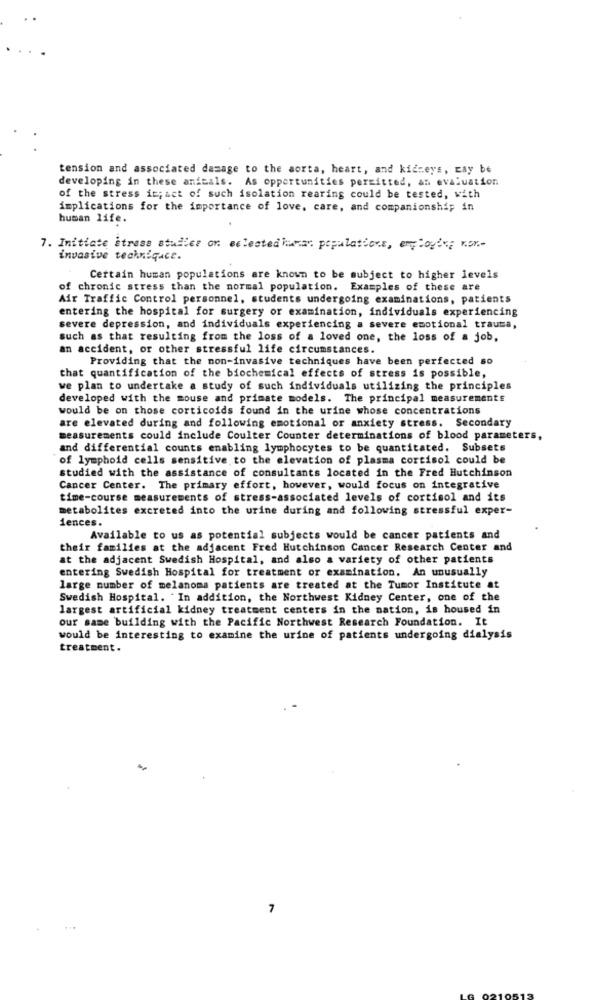
tension and associated damage to the aorta, heart, and kidneys, may be
developing in these animals. As opportunities permitted, an evaluation
of the stress it; act of such isolation rearing could be tested, with
implications for the importance of love, care, and companionship in
human life.
7. Initiate stress staller on selected hamar populations, employees kor .-
invasive techniquce.
Certain human populations are known to be subject to higher levels
of chronic stress than the normal population. Examples of these are
Air Traffic Control personnel, students undergoing examinations, patients
entering the hospital for surgery or examination, individuals experiencing
severe depression, and individuals experiencing a severe emotional trauma,
such as that resulting from the loss of a loved one, the loss of a job,
an accident, or other stressful life circumstances.
Providing that the non-invasive techniques have been perfected so
that quantification of the biochemical effects of stress is possible,
we plan to undertake a study of such individuals utilizing the principles
developed with the mouse and primate models. The principal measurements
would be on those corticoids found in the urine whose concentrations
are elevated during and following emotional or anxiety stress. Secondary
measurements could include Coulter Counter determinations of blood parameters,
and differential counts enabling lymphocytes to be quantitated. Subsets
of lymphoid cells sensitive to the elevation of plasma cortisol could be
studied with the assistance of consultants located in the Fred Hutchinson
Cancer Center. The primary effort, however, would focus on integrative
time-course measurements of stress-associated levels of cortisol and its
metabolites excreted into the urine during and following stressful exper-
fences.
Available to us as potential subjects would be cancer patients and
their families at the adjacent Fred Hutchinson Cancer Research Center and
at the adjacent Swedish Hospital, and also a variety of other patients
entering Swedish Hospital for treatment or examination. An unusually
large number of melanoma patients are treated at the Tumor Institute at
Swedish Hospital. In addition, the Northwest Kidney Center, one of the
largest artificial kidney treatment centers in the nation, is housed in
our same building with the Pacific Northwest Research Foundation. It
would be interesting to examine the urine of patients undergoing dialysis
treatment.